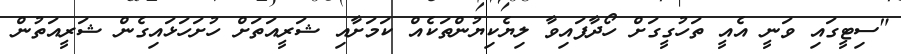
"ސިޓީގައި ވަނީ އެއީ ތަހުގީގަށް ހޯދާފައިވާ ލިޔެކިޔުންތަކެއް ކަމަށާއި ޝަރީއަތަށް ހުށަހަޅައިގެން ޝަރީއަތުން